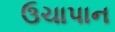
ઉચાપાન